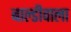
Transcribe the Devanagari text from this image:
बाल्डीवाला